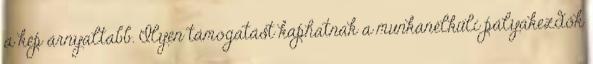
a kép árnyaltabb. Ilyen támogatást kaphatnak a munkanélküli pályakezdők